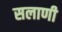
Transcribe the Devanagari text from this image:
सलाणी